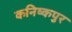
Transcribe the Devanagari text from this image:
कनिष्कपुर